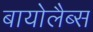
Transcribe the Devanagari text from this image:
बायोलैब्स